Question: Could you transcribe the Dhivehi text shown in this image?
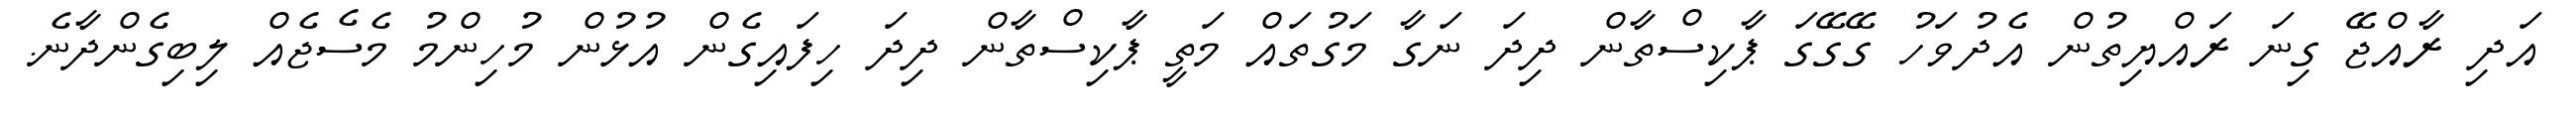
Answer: އަދި ރާއްޖޭ ގިނަ ރައްޔިތުން އެދުވަހު ގޭގޭގަ ޕާކިސްތާން ދިދަ ނަގާ މަގުތައް މަތީ ޕާކިސްތާން ދިދަ ހިފައިގެން އުޅުން މުހިންމު މެސެޖެއް ލިބިގެންދާނެ.